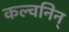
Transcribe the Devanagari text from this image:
कल्वनिन्